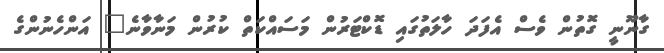
ގާނޫނީ ގޮތުން ވެސް އެފަދަ ހާލަތުގައި ޑޮކްޓަރުން މަސައްކަތް ކުރުން މަނާވާނެ" އަންހެނުންގެ